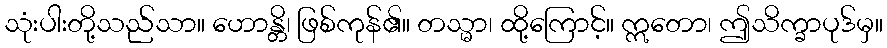
သုံးပါးတို့သည်သာ။ ဟောန္တိ၊ ဖြစ်ကုန်၏။ တသ္မာ၊ ထို့ကြောင့်။ ဣတော၊ ဤသိက္ခာပုဒ်မှ။